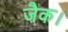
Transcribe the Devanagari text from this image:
जैक।